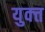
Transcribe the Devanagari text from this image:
युक्त्त